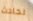
لحادث